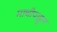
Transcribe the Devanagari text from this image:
माचीपाहून